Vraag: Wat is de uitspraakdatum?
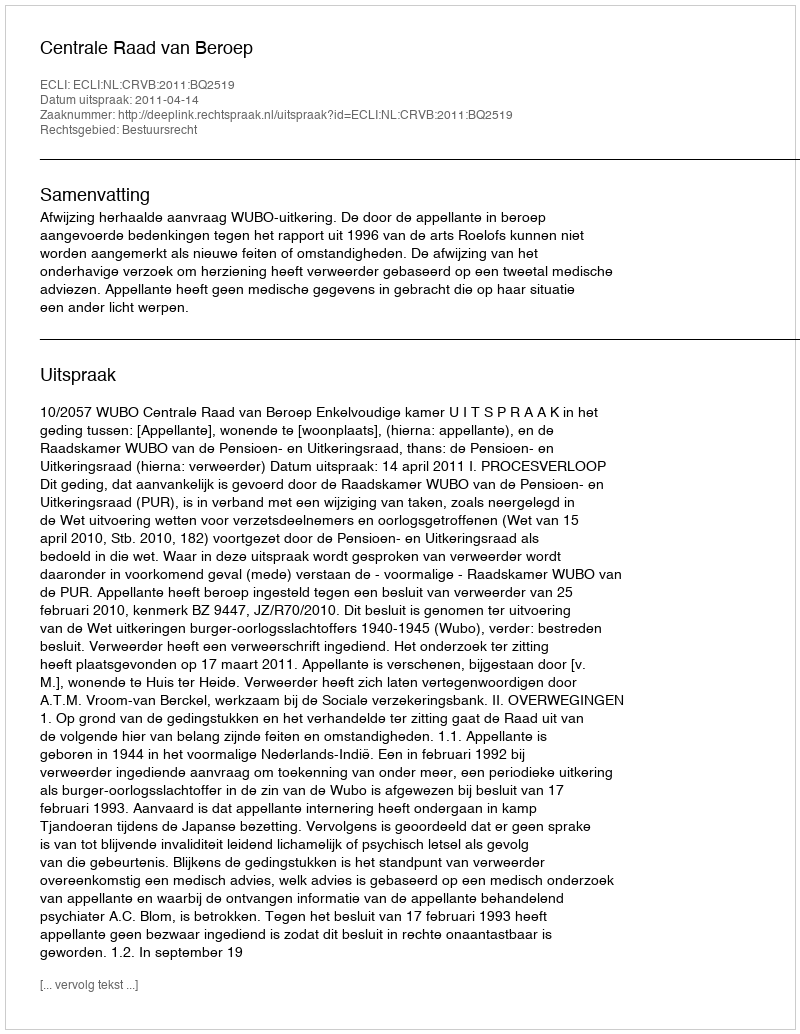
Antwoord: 2011-04-14